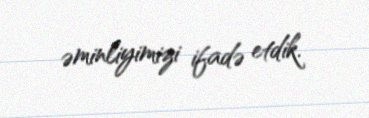
əminliyimizi ifadə etdik.